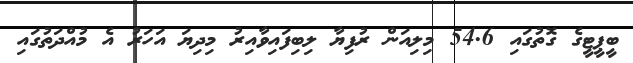
ބީޕީޓީގެ ގޮތުގައި 54.6 މިލިއަން ރުފިޔާ ލިބިފައިވާއިރު މިދިޔަ އަހަރު އެ މުއްދަތުގައި